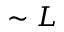
\sim L